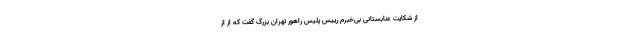
از شکایت عنابستانی بی‌خبرم رییس پلیس راهور تهران بزرگ گفت که از از